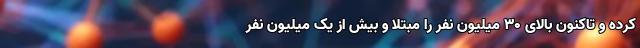
کرده و تاکنون بالای ۳۰ میلیون نفر را مبتلا و بیش از یک میلیون نفر